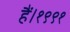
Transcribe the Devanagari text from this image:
हैं।१९९१